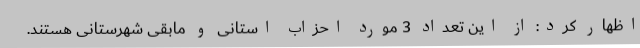
اظهار کرد: از این تعداد 3 مورد احزاب استانی و مابقی شهرستانی هستند.